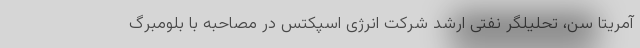
آمریتا سن، تحلیلگر نفتی ارشد شرکت انرژی اسپکتس در مصاحبه با بلومبرگ